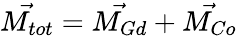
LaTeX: \vec{M_{tot}}=\vec{M_{Gd}}+\vec{M_{Co}}